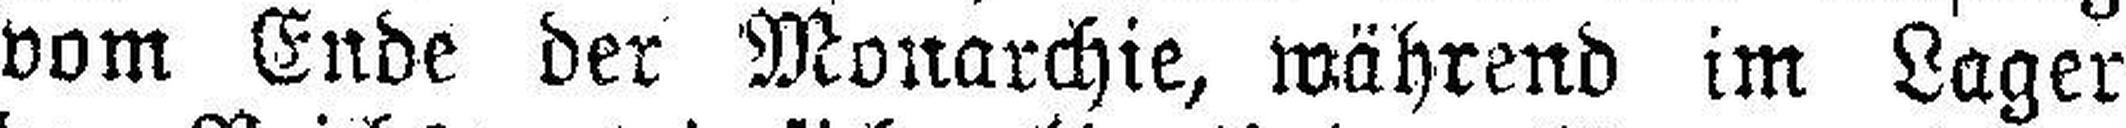
vom Ende der Monarchie, während im Lager